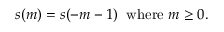
s ( m ) = s ( - m - 1 ) \; \; \mathrm { w h e r e } \; m \geq 0 .